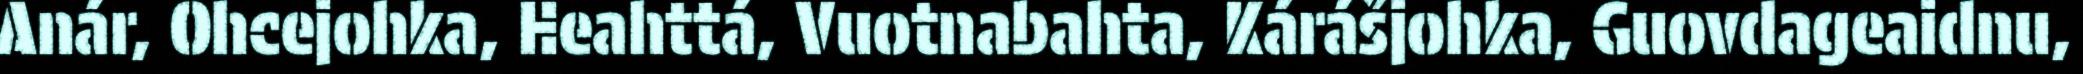
Anár, Ohcejohka, Heahttá, Vuotnabahta, Kárášjohka, Guovdageaidnu,